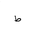
Letter: _da